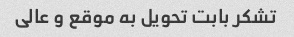
تشکر بابت تحویل به موقع و عالی